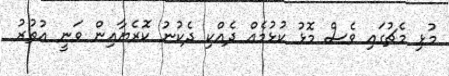
މުޅި މެޗުގައި ވެސް މޮޅު ކުޅުމެއް ދެއްކި ދެކުނު ކޮރެޔާއިން ވަނީ އުތުރު